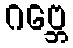
ဂဗ္ဘေ